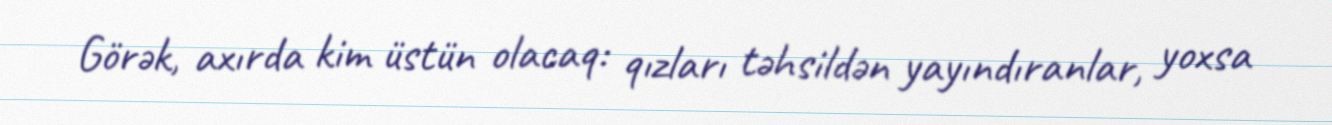
Görək, axırda kim üstün olacaq: qızları təhsildən yayındıranlar, yoxsa